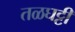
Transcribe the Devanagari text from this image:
तळघट्टी